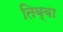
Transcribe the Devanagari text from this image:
तिब्बा